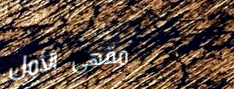
مقهى الأمل